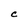
Character: C